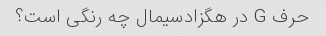
حرف G در هگزادسیمال چه رنگی است؟